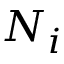
N _ { i }